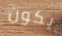
يكون